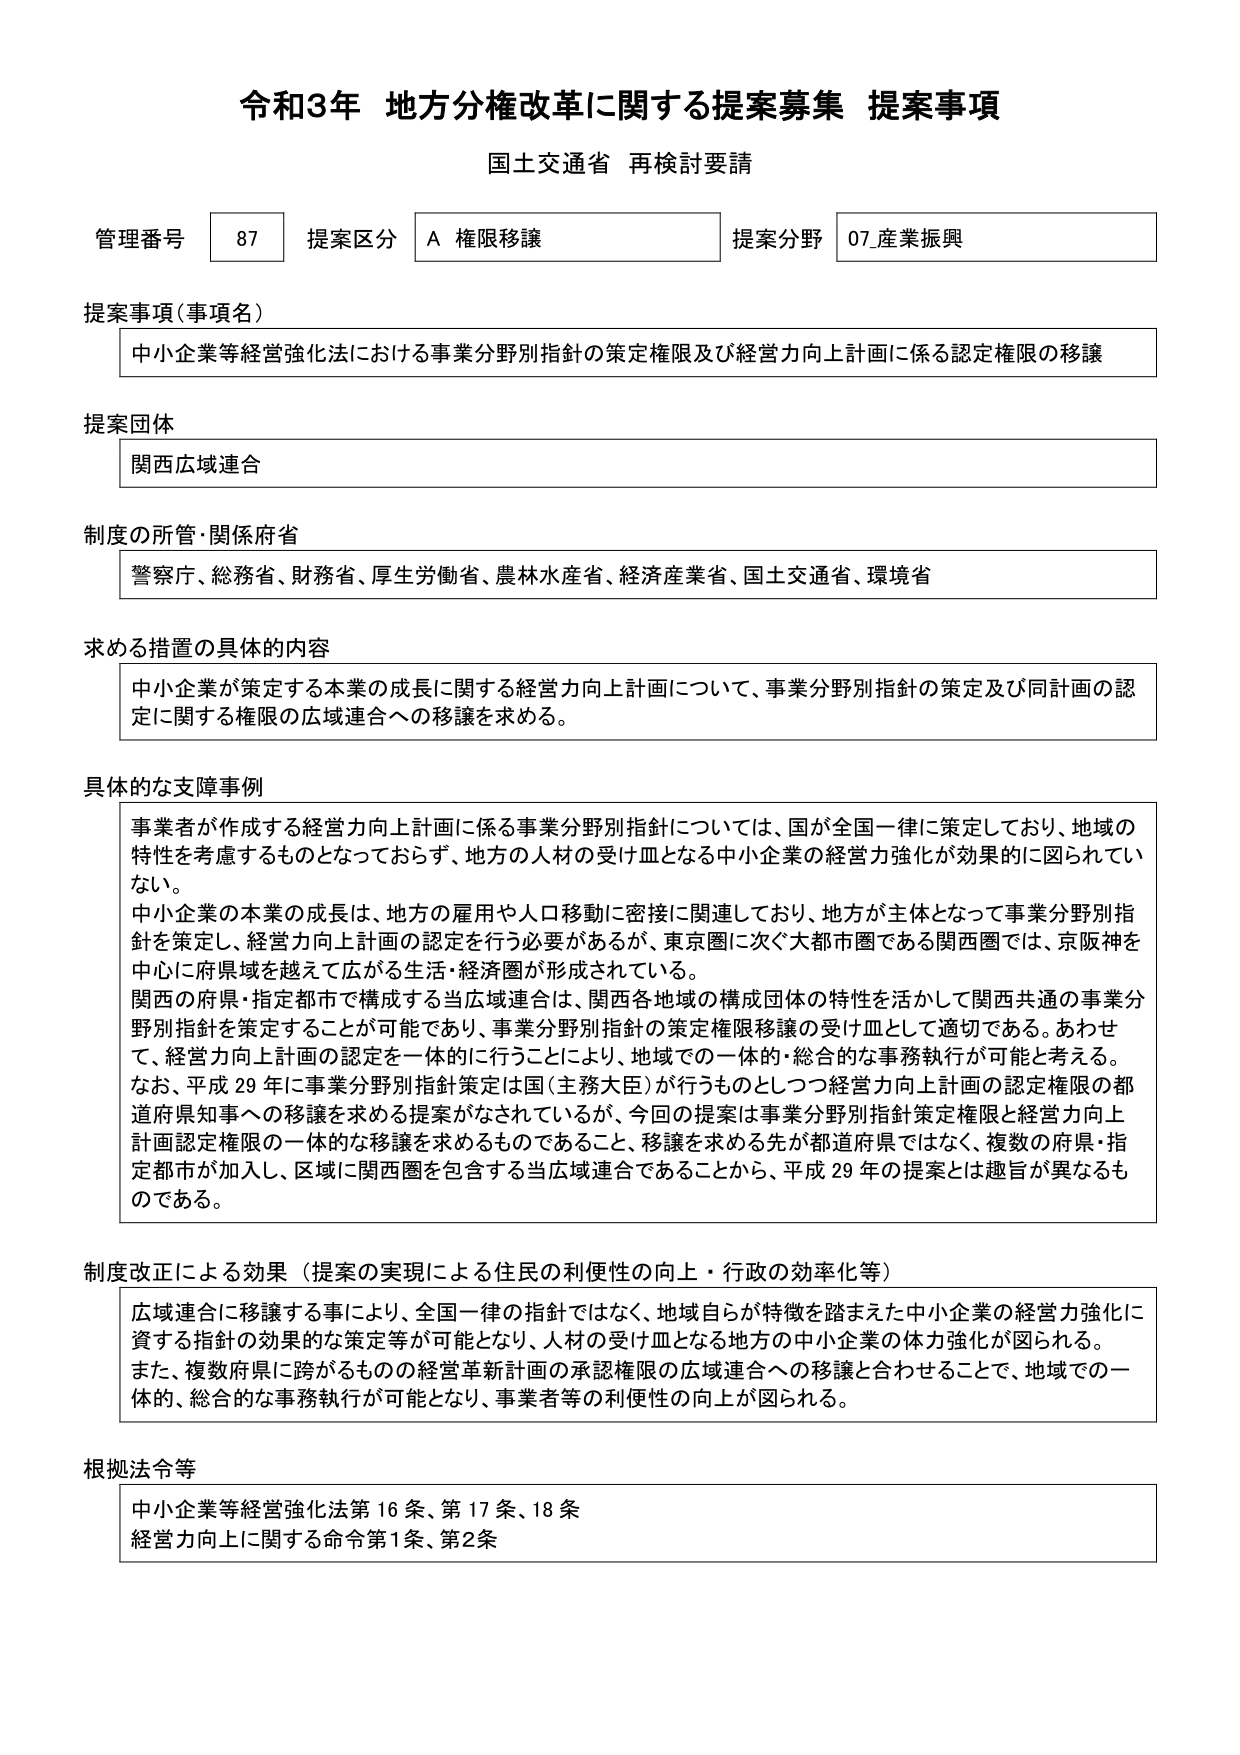
令和3年 地方分権改革に関する提案募集 提案事項
国土交通省 再検討要請

管理番号 87 提案区分 A 権限移譲 提案分野 07_産業振興

提案事項（事項名）
中小企業等経営強化法における事業分野別指針の策定権限及び経営力向上計画に係る認定権限の移譲

提案団体
関西広域連合

制度の所管・関係府省
警察庁、総務省、財務省、厚生労働省、農林水産省、経済産業省、国土交通省、環境省

求める措置の具体的内容
中小企業が策定する本業の成長に関する経営力向上計画について、事業分野別指針の策定及び同計画の認定に関する権限の広域連合への移譲を求める。

具体的な支障事例
事業者が作成する経営力向上計画に係る事業分野別指針については、国が全国一律に策定しており、地域の特性を考慮するものとなっておらず、地方の人材の受け皿となる中小企業の経営力強化が効果的に図られていない。
中小企業の本業の成長は、地方の雇用や人口移動に密接に関連しており、地方が主体となって事業分野別指針を策定し、経営力向上計画の認定を行う必要があるが、東京圏に次ぐ大都市圏である関西圏では、京阪神を中心に府県域を越えて広がる生活・経済圏が形成されている。
関西の府県・指定都市で構成する当広域連合は、関西各地域の構成団体の特性を活かして関西共通の事業分野別指針を策定することが可能であり、事業分野別指針の策定権限移譲の受け皿として適切である。あわせて、経営力向上計画の認定を一体的に行うことにより、地域での一体的・総合的な事務執行が可能と考える。
なお、平成29年に事業分野別指針策定は国（主務大臣）が行うものとしてつ経営力向上計画の認定権限の都道府県知事への移譲を求める提案がなされているが、今回の提案は事業分野別指針策定権限と経営力向上計画認定権限の一体的な移譲を求めるものであること、移譲を求める先が都道府県ではなく、複数の府県・指定都市が加入し、区域に関西圏を包含する当広域連合であることから、平成29年の提案とは趣旨が異なるものである。

制度改正による効果（提案の実現による住民の利便性の向上・行政の効率化等）
広域連合に移譲する事により、全国一律の指針ではなく、地域自らが特徴を踏まえた中小企業の経営力強化に資する指針の効果的な策定等が可能となり、人材の受け皿となる地方の中小企業の体力強化が図られる。
また、複数府県に跨がるものの中の経営革新計画の承認権限の広域連合への移譲と合わせることで、地域での一体的、総合的な事務執行が可能となり、事業者等の利便性の向上が図られる。

根拠法令等
中小企業等経営強化法第16条、第17条、18条
経営力向上に関する命令第1条、第2条